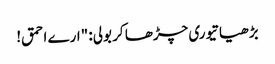
بڑھیا تیوری چڑھا کر بولی: "ارے احمق!